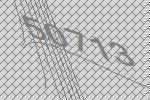
50713